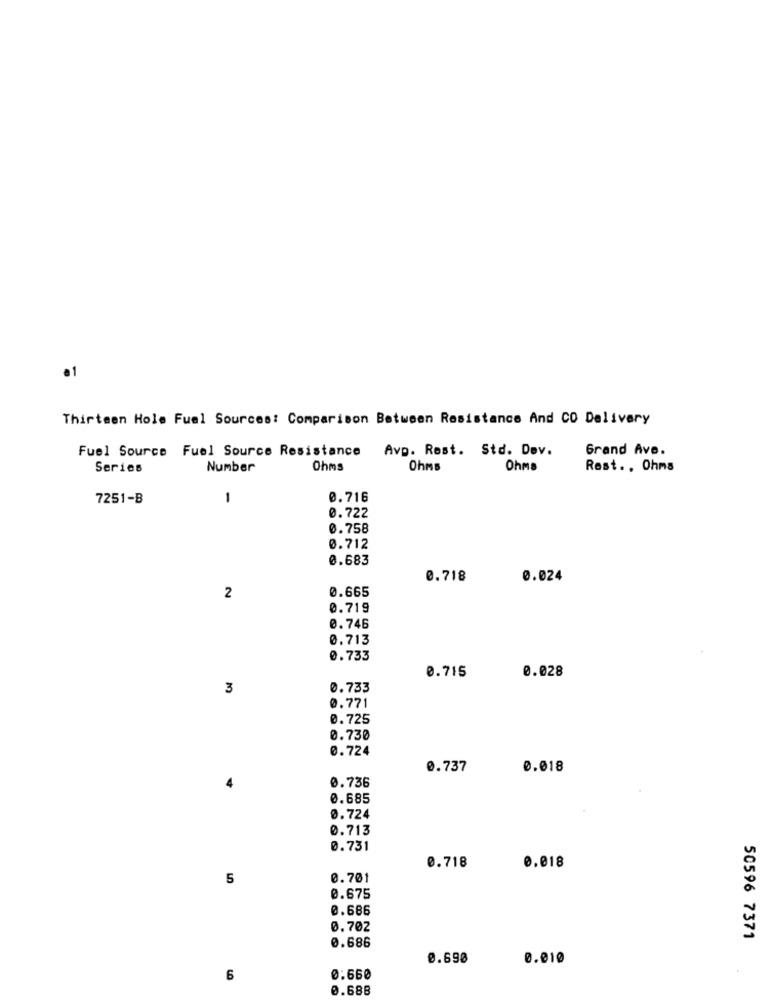
Thirteen Hole Fuel Sources: Comparison Between Resistance And CO Delivery
Fuel Source Fuel Source Resistance Avp. Rest. Std. Dev.
Grand Ave.
Series
Number
Ohms
Ohms
Ohms
Rest ., Ohms
7251-B
1
0.716
0.722
0.758
0.712
0.683
0.718
0.024
0.665
2
0.719
0.746
0.713
0.733
0.028
0.715
3
0.733
0.771
0.725
0.730
0.724
0.737
0.018
0.736
0.685
0.724
0.713
0.731
0.718
0.018
5
0.701
0.675
0.686
0.702
0.686
50596 7371
0.690
0.010
6
0:660
0.68B